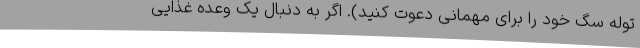
توله سگ خود را برای مهمانی دعوت کنید). اگر به دنبال یک وعده غذایی